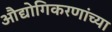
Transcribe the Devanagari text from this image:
औद्योगिकरणांच्या